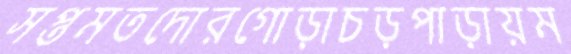
সপ্তমতদোরগোড়াচড়পাড়ায়ম